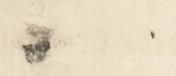
一